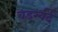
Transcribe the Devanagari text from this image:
वर्ड्स्वर्द